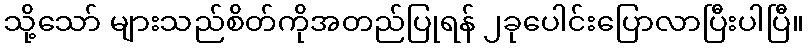
သို့သော် များသည်စိတ်ကိုအတည်ပြုရန် ၂ခုပေါင်းပြောလာပြီးပါပြီ။